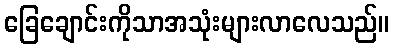
ခြေချောင်းကိုသာအသုံးများလာလေသည်။